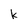
Character: k